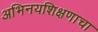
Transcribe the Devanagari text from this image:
अभिनयशिक्षणाचा